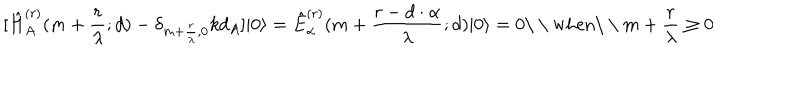
LaTeX: [ \hat { H } _ { A } ^ { ( r ) } ( m + \frac { r } { \lambda } ; d ) - \delta _ { m + \frac { r } { \lambda } , 0 } k d _ { A } ] | 0 \rangle = \hat { E } _ { \alpha } ^ { ( r ) } ( m + \frac { r - d \cdot \alpha } { \lambda } ; d ) | 0 \rangle \nonumber = 0 { \textrm { \ \ w h e n \ \ } } m + \frac { r } { \lambda } \geq 0